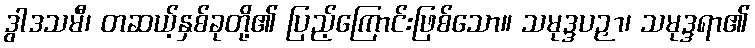
ဒွါဒသမီ၊ တဆယ့်နှစ်ခုတို့၏ ပြည့်ကြောင်းဖြစ်သော။ သမုဒ္ဒပဉှာ၊ သမုဒ္ဒရာ၏